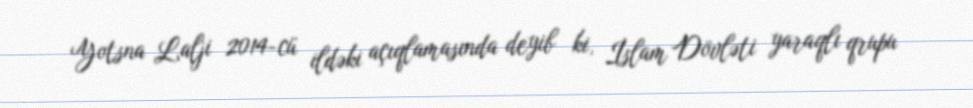
Yotsna Lalji 2014-cü ildəki açıqlamasında deyib ki, İslam Dövləti yaraqlı qrupu